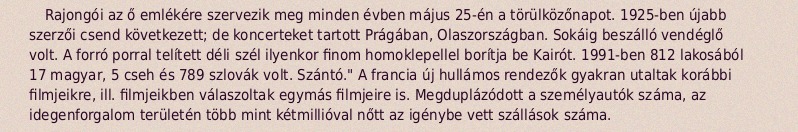
Rajongói az ő emlékére szervezik meg minden évben május 25-én a törülközőnapot. 1925-ben újabb szerzői csend következett; de koncerteket tartott Prágában, Olaszországban. Sokáig beszálló vendéglő volt. A forró porral telített déli szél ilyenkor finom homoklepellel borítja be Kairót. 1991-ben 812 lakosából 17 magyar, 5 cseh és 789 szlovák volt. Szántó." A francia új hullámos rendezők gyakran utaltak korábbi filmjeikre, ill. filmjeikben válaszoltak egymás filmjeire is. Megduplázódott a személyautók száma, az idegenforgalom területén több mint kétmillióval nőtt az igénybe vett szállások száma.